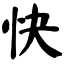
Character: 快